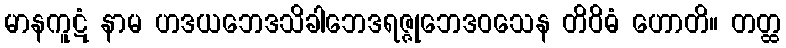
မာနကူဋံ နာမ ဟဒယဘေဒသိခါဘေဒရဇ္ဇုဘေဒဝသေန တိဝိဓံ ဟောတိ။ တတ္ထ